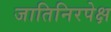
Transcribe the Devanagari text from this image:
जातिनिरपेक्ष